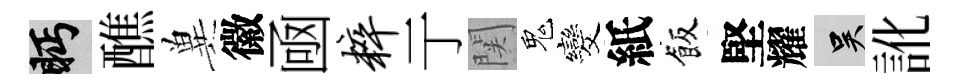
眄醮兾徽凾粹亍関鬼发紙飯堅耀吴訛